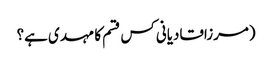
(مرزاقادیانی کس قسم کا مہدی ہے؟